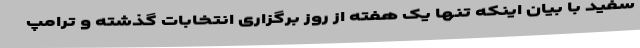
سفید با بیان اینکه تنها یک هفته از روز برگزاری انتخابات گذشته و ترامپ